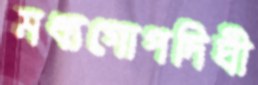
মধ্যগোপদিঘী